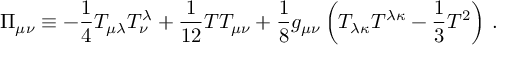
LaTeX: \Pi _ { \mu \nu } \equiv - { \frac { 1 } { 4 } } T _ { \mu \lambda } T _ { \nu } ^ { \lambda } + { \frac { 1 } { 1 2 } } T T _ { \mu \nu } + { \frac { 1 } { 8 } } g _ { \mu \nu } \left( T _ { \lambda \kappa } T ^ { \lambda \kappa } - { \frac { 1 } { 3 } } T ^ { 2 } \right) \, .